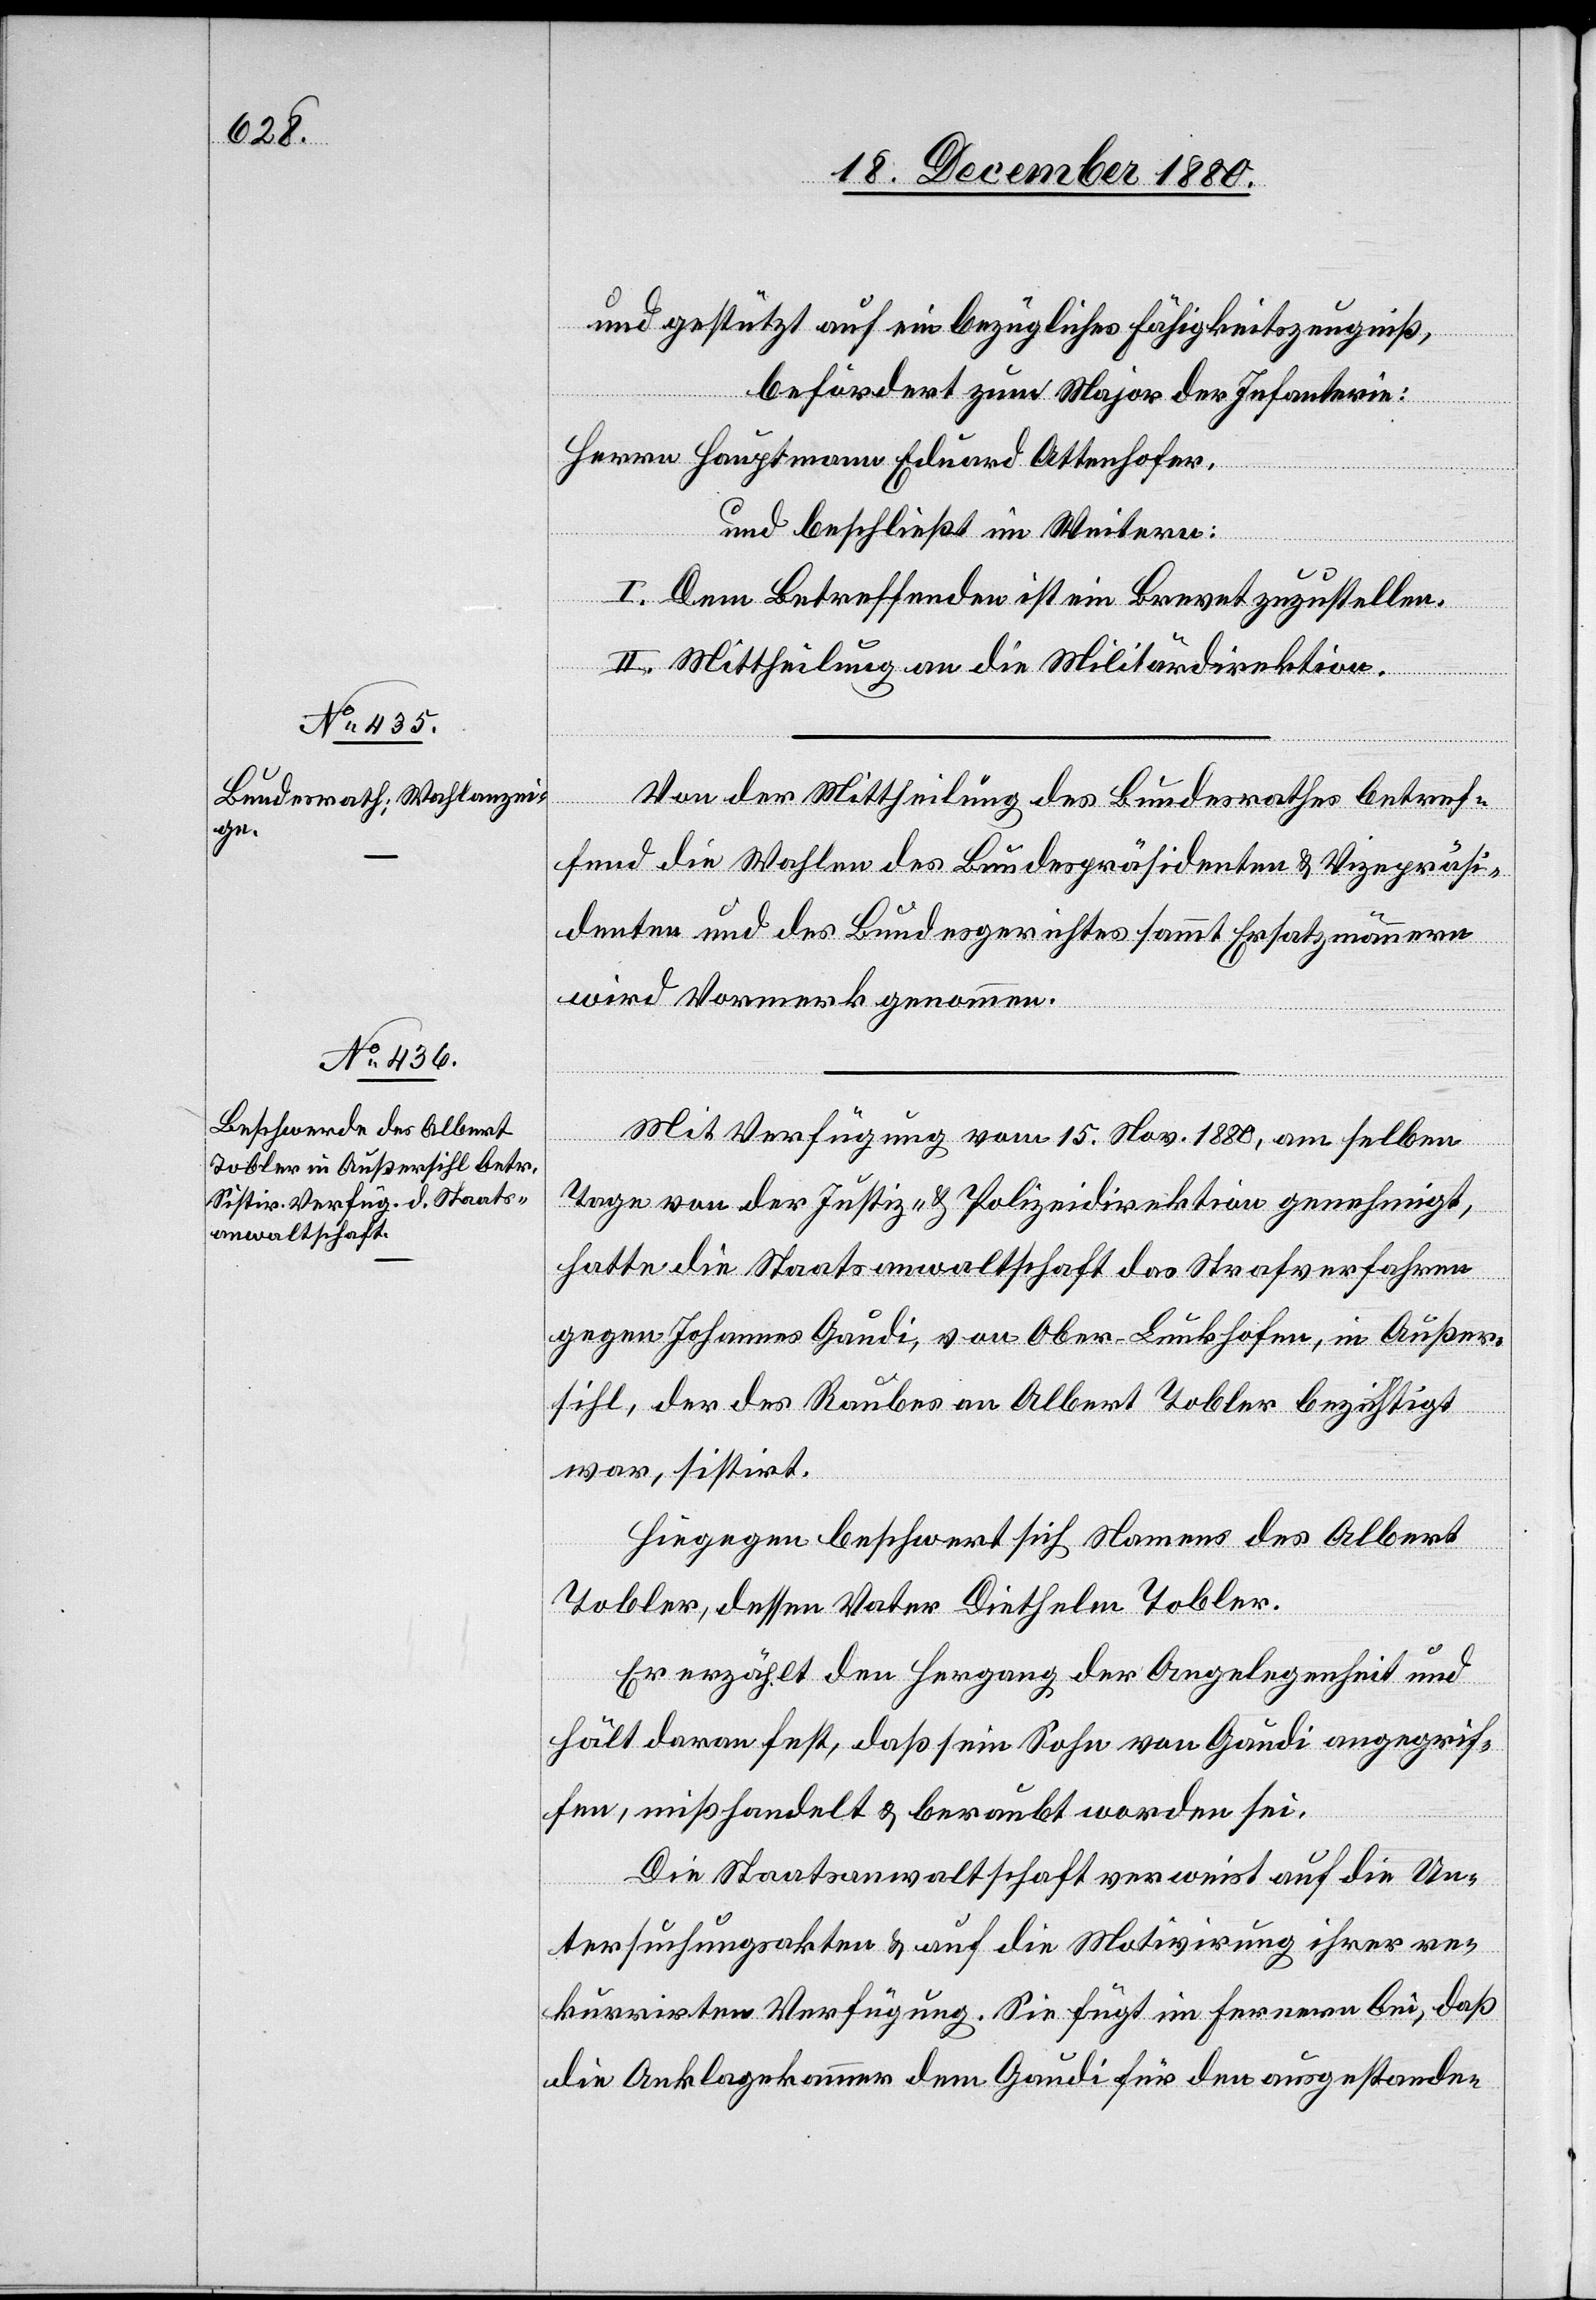
und gestützt auf ein bezügliches Fähigkeitszeugniß,
befördert zum Major der Infanterie:
Herrn Hauptmann Eduard Attenhofer,
und beschließt im Weitern:
I. Dem Betreffenden ist ein Brevet zuzustellen.
II. Mittheilung an die Militärdirektion.
Von der Mittheilung des Bundesrathes betref¬
fend die Wahlen des Bundespräsidenten & Vizepräsi¬
denten und des Bundesgerichtes sammt Ersatzmännern
wird Vormerk genommen.
Mit Verfügung vom 15. Nov. 1880, am selben
Tage von der Justiz- & Polizeidirektion genehmigt,
hatte die Staatsanwaltschaft das Strafverfahren
gegen Johannes Gaudi, von Ober-Lunkhofen, in Außer¬
sihl, der des Raubes an Albert Tobler bezichtigt
war, sistirt.
Hiegegen beschwert sich Namens des Albert
Tobler, dessen Vater Diethelm Tobler.
Er erzählt den Hergang der Angelegenheit und
hält daran fest, daß sein Sohn von Gaudi angegrif¬
fen, mißhandelt & beraubt worden sei.
Die Staatsanwaltschaft verweist auf die Un¬
tersuchungsakten & auf die Motivirung ihrer re¬
kurrirten Verfügung. Sie fügt im Fernern bei, daß
die Anklagekammer dem Gaudi für den ausgestande-